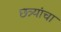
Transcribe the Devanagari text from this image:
छत्र्यांचा